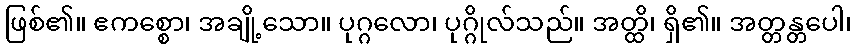
ဖြစ်၏။ ဧကစ္စော၊ အချို့သော။ ပုဂ္ဂလော၊ ပုဂ္ဂိုလ်သည်။ အတ္ထိ၊ ရှိ၏။ အတ္တန္တပေါ၊